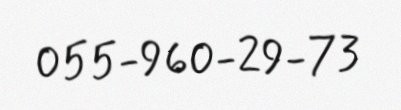
055-960-29-73